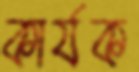
কার্যক